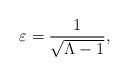
LaTeX: \begin{align*}\varepsilon=\frac{1}{\sqrt{\Lambda-1}},\end{align*}